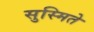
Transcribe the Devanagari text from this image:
सुस्मिते